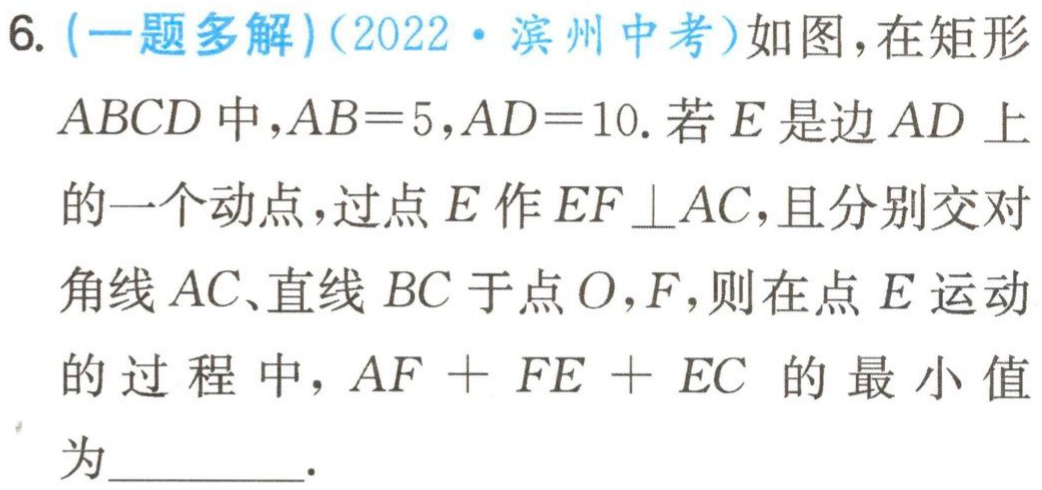
6. (一题多解)(2022·滨州中考)如图，在矩形\(ABCD\)中，\(AB = 5\)，\(AD = 10\). 若\(E\)是边\(AD\)上的一个动点，过点\(E\)作\(EF\perp AC\)，且分别交对角线\(AC\)、直线\(BC\)于点\(O\)，\(F\)，则在点\(E\)运动的过程中，\(AF + FE+EC\)的最小值为________.